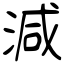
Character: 減